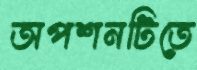
অপশনটিতে